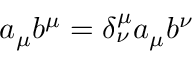
a _ { \mu } b ^ { \mu } = \delta _ { \nu } ^ { \mu } a _ { \mu } b ^ { \nu }